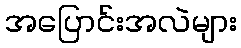
အပြောင်းအလဲများ